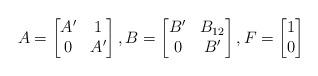
LaTeX: \begin{align*} A=\begin{bmatrix} A' & 1 \\ 0 & A' \end{bmatrix}, B=\begin{bmatrix} B' & B_{12} \\ 0 & B' \end{bmatrix}, F=\begin{bmatrix} 1\\ 0 \end{bmatrix} \end{align*}